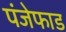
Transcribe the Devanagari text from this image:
पंजेफाड